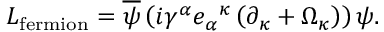
{ \cal L } _ { \mathrm { f e r m i o n } } = { \overline { { \psi } } } \left( i \gamma ^ { \alpha } { e _ { \alpha } } ^ { \kappa } \left( \partial _ { \kappa } + \Omega _ { \kappa } \right) \right) \psi .